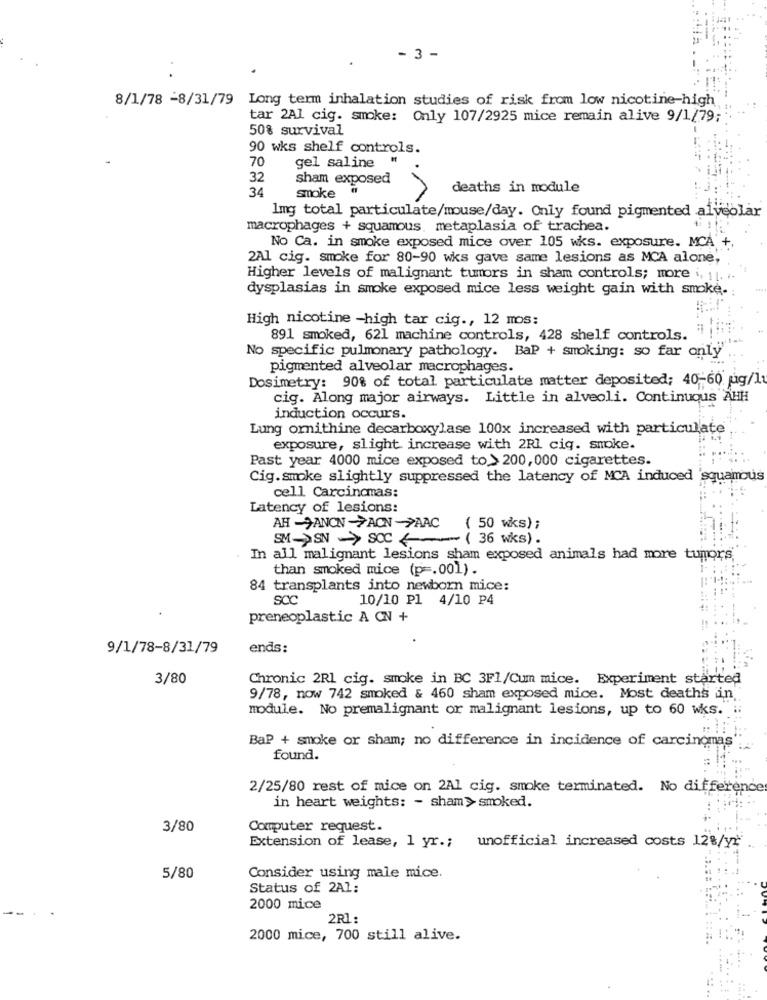
- 3 -
8/1/78 -8/31/79 Long term inhalation studies of risk from low nicotine-high
tar 2A1 cig. smoke: Only 107/2925 mice remain alive 9/1/79;
50% survival
90 wks shelf controls.
70
gel saline
32
sham exposed
34
deaths in module
smoke
1mg total particulate/mouse/day. Only found pigmented alveolar
macrophages + squamous. metaplasia of trachea.
No Ca. in smoke exposed mice over 105 wks. exposure. MCA +,
2Al cig. smoke for 80-90 wks gave same lesions as MCA alone,
Higher levels of malignant tumors in sham controls; more , 11.
dysplasias in smoke exposed mice less weight gain with smoke.
High nicotine -high tar cig ., 12 mos:
891 smoked, 621 machine controls, 428 shelf controls.
No specific pulmonary pathology. BaP + smoking: so far only
pigmented alveolar macrophages.
Dosimetry: 90% of total particulate matter deposited; 40-60 ug/l
cig. Along major airways. Little in alveoli. Continuous AHH
induction occurs.
Lung ornithine decarboxylase 100x increased with particulate
exposure, slight increase with 2Rl ciq. smoke.
Past year 4000 mice exposed to > 200,000 cigarettes.
Cig.smoke slightly suppressed the latency of MCA induced
quamous
cell Carcinomas:
Latency of lesions:
AH -ANCN->ACN-PAAC
( 50 wks) ;
SM->SN >SCC (36 wks).
In all malignant lesions sham exposed animals had more tumors
than smoked mice (p =. 001).
84 transplants into newborn mice:
SCC
10/10 P1 4/10 P4
preneoplastic A CN +
9/1/78-8/31/79
ends:
3/80
Chronic 2Rl cig. smoke in BC 3F1/Cum mice. Experiment started
9/78, now 742 smoked & 460 sham exposed mice. Most deaths in
module. No premalignant or malignant lesions, up to 60 w.s. ::
BaP + smoke or sham; no difference in incidence of carcinomas
found.
2/25/80 rest of mice on 2A1 cig. smoke terminated. No difference
in heart weights: - sham> smoked.
3/80
Computer request.
Extension of lease, 1 yr .; unofficial increased costs 12%/yr
5/80
Consider using male mice.
Status of 2A1:
2000 mice
2R1:
2000 mice, 700 still alive.